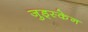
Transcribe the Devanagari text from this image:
जुड्स्केन